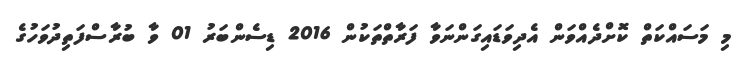
މި މަސައްކަތް ކޮށްދެއްވަން އެދިވަޑައިގަންނަވާ ފަރާތްތަކުން 2016 ޑިސެންބަރު 01 ވާ ބުރާސްފަތިދުވަހުގެ